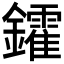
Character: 𨯟